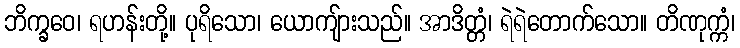
ဘိက္ခဝေ၊ ရဟန်းတို့။ ပုရိသော၊ ယောကျ်ားသည်။ အာဒိတ္တံ၊ ရဲရဲတောက်သော။ တိဏုက္ကံ၊